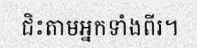
ជិះតាមអ្នកទាំងពីរ។